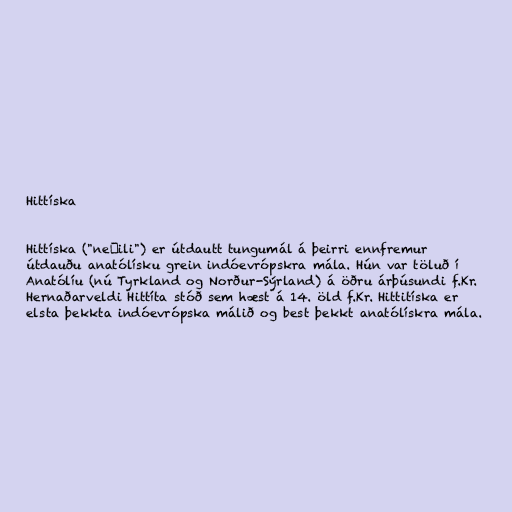
Hittíska

Hittíska ("nešili") er útdautt tungumál á þeirri ennfremur
útdauðu anatólísku grein indóevrópskra mála. Hún var töluð í
Anatólíu (nú Tyrkland og Norður-Sýrland) á öðru árþúsundi f.Kr.
Hernaðarveldi Hittíta stóð sem hæst á 14. öld f.Kr. Hittitíska er
elsta þekkta indóevrópska málið og best þekkt anatólískra mála.